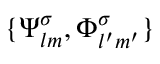
\{ \boldsymbol { \Psi } _ { l m } ^ { \sigma } , \boldsymbol { \Phi } _ { l ^ { \prime } m ^ { \prime } } ^ { \sigma } \}